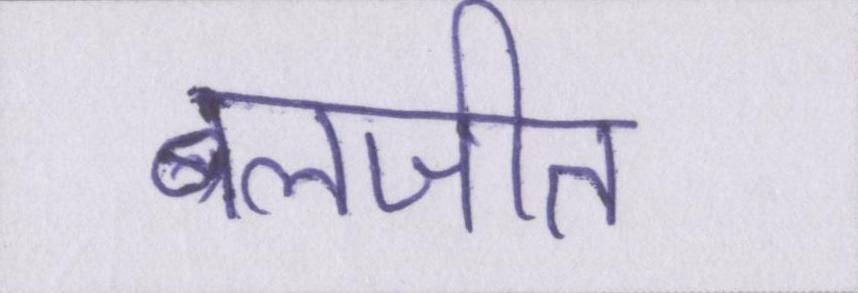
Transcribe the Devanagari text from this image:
बलजीत